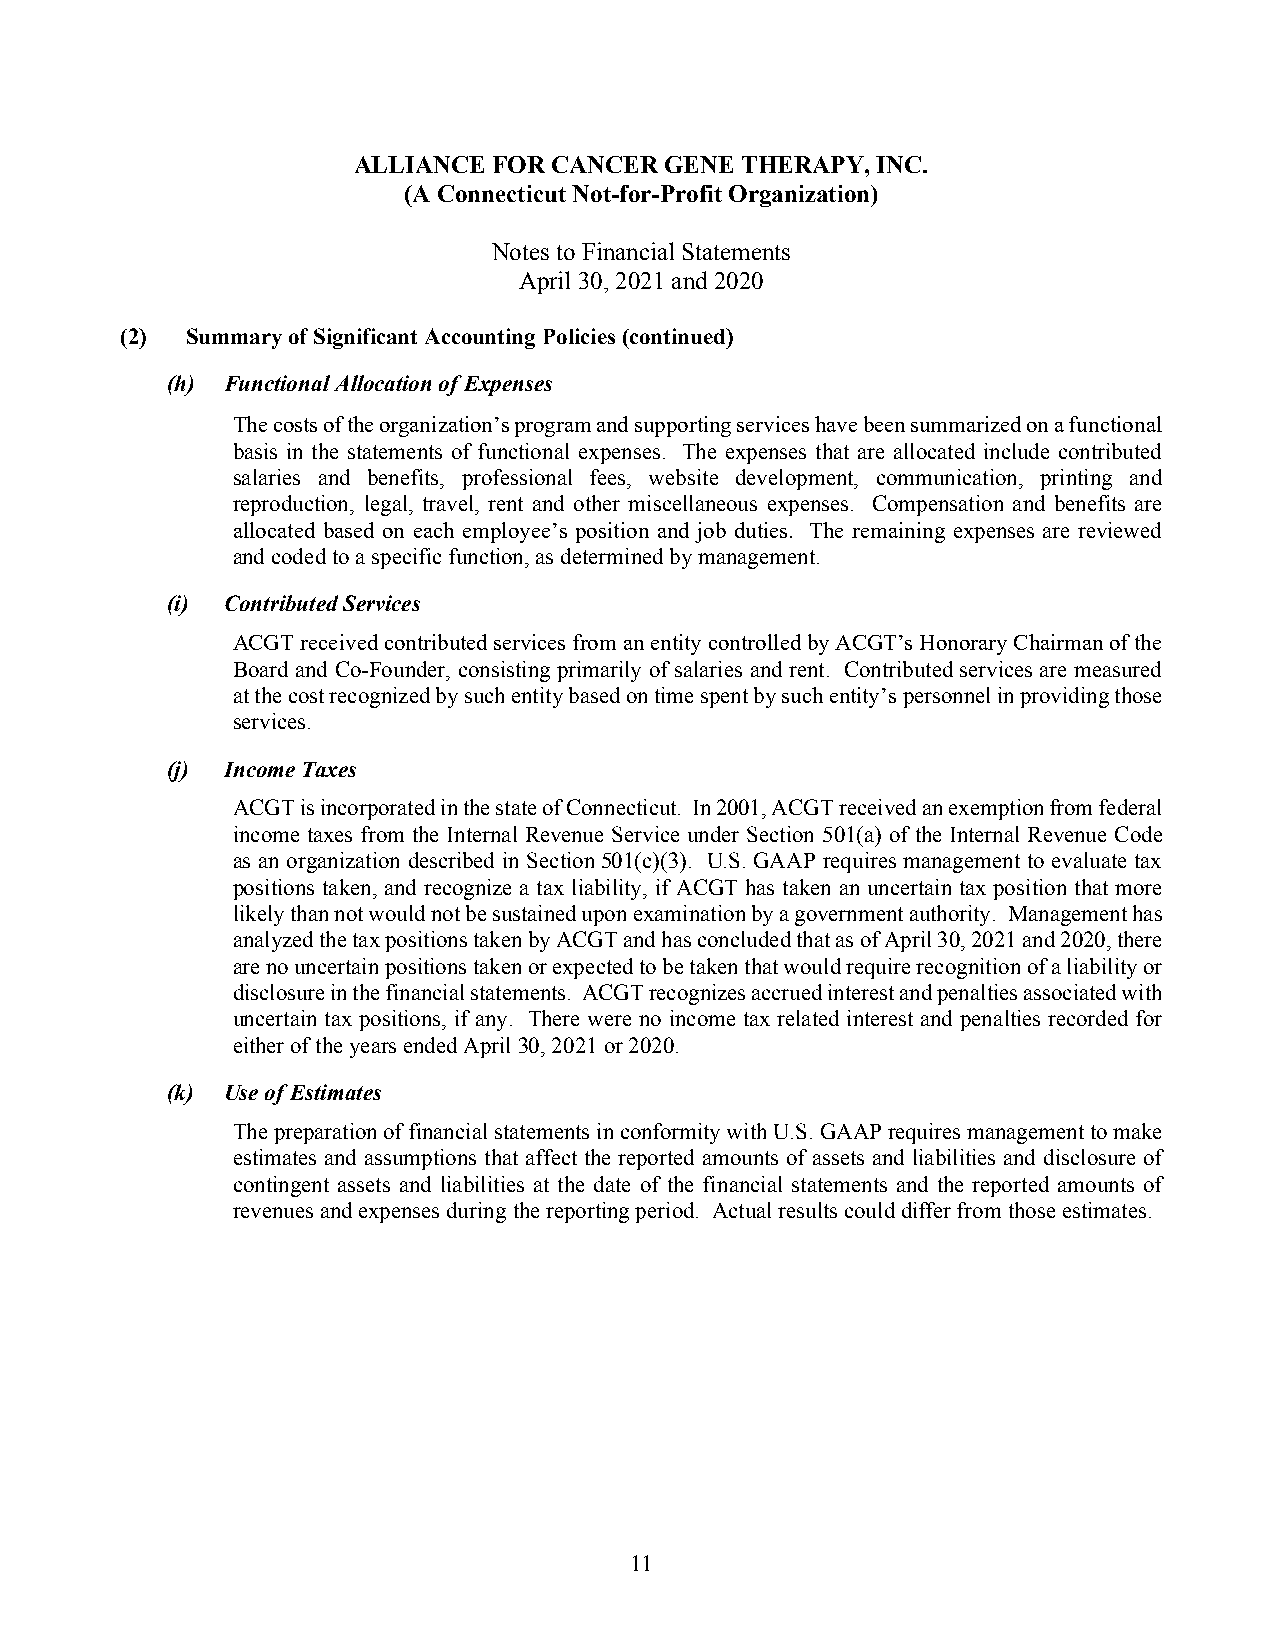
ALLIANCE  FOR CANCER GENE THERAPY, INC.
 (A Connecticut Not-for-Profit Organization)
 Notes to Financial Statements
 April 30, 2021 and 2020
 (2) Summary of Significant Accounting Policies (continued)
 (h) Functional Allocation of Expenses
 The costs of the organization’s program and supporting services have been summarized on a functional
 basis in the statements of functional expenses. The expenses that are allocated include contributed
 salaries and benefits, professional fees, website development, communication, printing and
 reproduction, legal, travel, rent and other miscellaneous expenses. Compensation and benefits are
 allocated based on each employee’s position and job duties. The remaining expenses are reviewed
 and coded to a specific function, as determined by management.
 (i) Contributed Services
 ACGT received contributed services from an entity controlled by ACGT’s Honorary Chairman of the
 Board and Co-Founder, consisting primarily of salaries and rent. Contributed services are measured
 at the cost recognized by such entity based on time spent by such entity’s personnel in providing those
 services.
 (j) Income Taxes
 ACGT is incorporated in the state of Connecticut. In 2001, ACGT received an exemption from federal
 income taxes from the Internal Revenue Service under Section 501(a) of the Internal Revenue Code
 as an organization described in Section 501(c)(3). U.S. GAAP requires management to evaluate tax
 positions taken, and recognize a tax liability, if ACGT has taken an uncertain tax position that more
 likely than not would not be sustained upon examination by a government authority. Management has
 analyzed the tax positions taken by ACGT and has concluded that as of April 30, 2021 and 2020, there
 are no uncertain positions taken or expected to be taken that would require recognition of a liability or
 disclosure in the financial statements. ACGT recognizes accrued interest and penalties associated with
 uncertain tax positions, if any. There were no income tax related interest and penalties recorded for
 either of the years ended April 30, 2021 or 2020.
 (k) Use of Estimates
 The preparation of financial statements in conformity with U.S. GAAP requires management to make
 estimates and assumptions that affect the reported amounts of assets and liabilities and disclosure of
 contingent assets and liabilities at the date of the financial statements and the reported amounts of
 revenues and expenses during the reporting period. Actual results could differ from those estimates.
 11